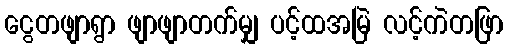
ငွေတဖျာရွာ ဖျာဖျာတက်မျှ ပင့်ထအမြဲ လင့်ကဲတဖြာ